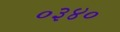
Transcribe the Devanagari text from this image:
०३४०